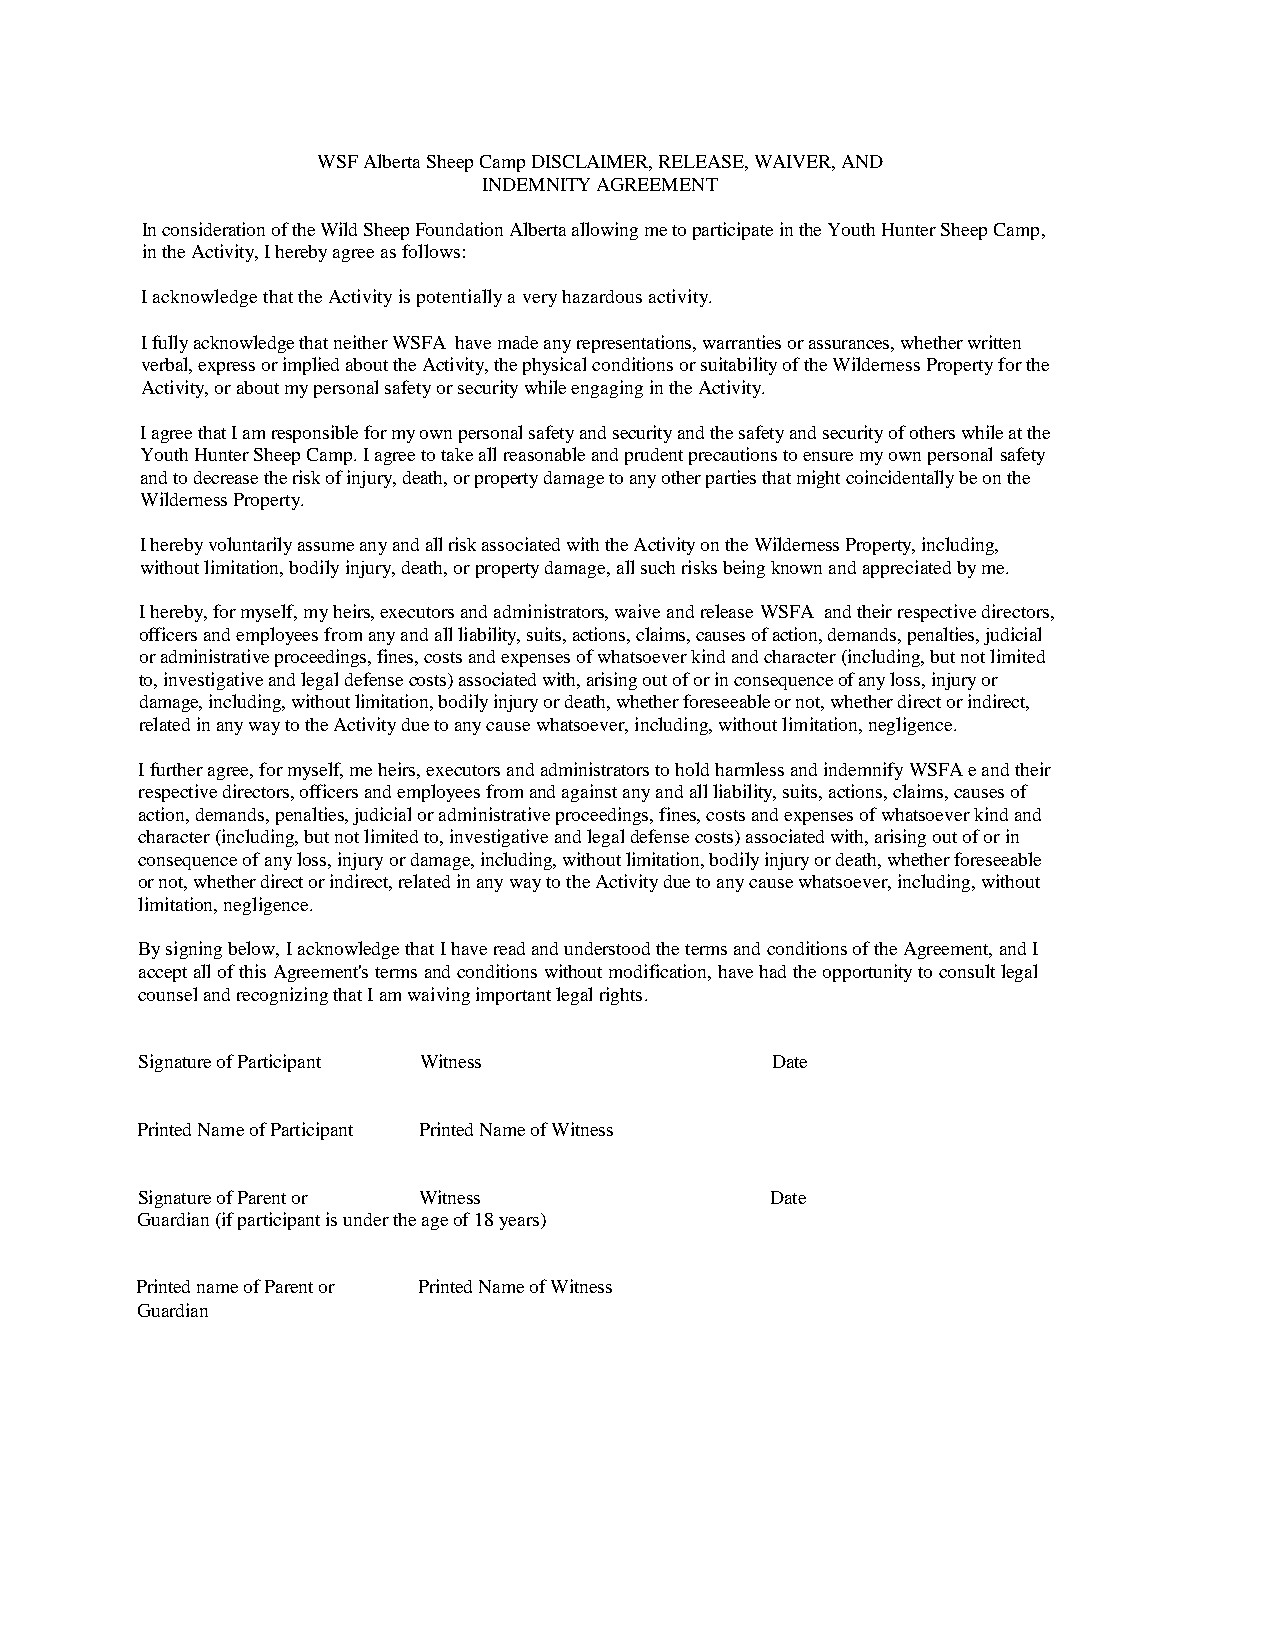
WSF Alberta Sheep Camp DISCLAIMER, RELEASE, WAIVER, AND
 INDEMNITY AGREEMENT
 In consideration of the Wild Sheep Foundation Alberta allowing me to participate in the Youth Hunter Sheep Camp,
 in the Activity, I hereby agree as follows:
 I acknowledge that the Activity is potentially a very hazardous activity.
 I fully acknowledge that neither WSFA have made any representations, warranties or assurances, whether written
 verbal, express or implied about the Activity, the physical conditions or suitability of the Wilderness Property for the
 Activity, or about my personal safety or security while engaging in the Activity.
 I agree that I am responsible for my own personal safety and security and the safety and security of others while at the
 Youth Hunter Sheep Camp. I agree to take all reasonable and prudent precautions to ensure my own personal safety
 and to decrease the risk of injury, death, or property damage to any other parties that might coincidentally be on the
 Wilderness Property.
 I hereby voluntarily assume any and all risk associated with the Activity on the Wilderness Property, including,
 without limitation, bodily injury, death, or property damage, all such risks being known and appreciated by me.
 I hereby, for myself, my heirs, executors and administrators, waive and release WSFA and their respective directors,
 officers and employees from any and all liability, suits, actions, claims, causes of action, demands, penalties, judicial
 or administrative proceedings, fines, costs and expenses of whatsoever kind and character (including, but not limited
 to, investigative and legal defense costs) associated with, arising out of or in consequence of any loss, injury or
 damage, including, without limitation, bodily injury or death, whether foreseeable or not, whether direct or indirect,
 related in any way to the Activity due to any cause whatsoever, including, without limitation, negligence.
 I further agree, for myself, me heirs, executors and administrators to hold harmless and indemnify WSFA e and their
 respective directors, officers and employees from and against any and all liability, suits, actions, claims, causes of
 action, demands, penalties, judicial or administrative proceedings, fines, costs and expenses of whatsoever kind and
 character (including, but not limited to, investigative and legal defense costs) associated with, arising out of or in
 consequence of any loss, injury or damage, including, without limitation, bodily injury or death, whether foreseeable
 or not, whether direct or indirect, related in any way to the Activity due to any cause whatsoever, including, without
 limitation, negligence.
 By signing below, I acknowledge that I have read and understood the terms and conditions of the Agreement, and I
 accept all of this Agreement's terms and conditions without modification, have had the opportunity to consult legal
 counsel and recognizing that I am waiving important legal rights.
 Signature of Participant Witness          Date
 Printed Name of Participant Printed Name of Witness
 Signature of Parent or Witness            Date
 Guardian (if participant is under the age of 18 years)
 Printed name of Parent or Printed Name of Witness
 Guardian